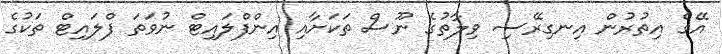
އޭގެ އިތުރުން އިނގިރޭސި ވިލާތުގެ ނޫސް ތަކަށާއި އިންފްލައިޓް ނުވަތަ ފްލައިޓް ތަކުގެ